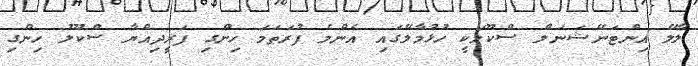
ލާލޭ އިންޓަނޭޝަނަލް ސްކޫލަކީ ހުޅުމާލޭގައި އެންމެ ފުރަތަމަ ހިންގި ފަރީދިއްޔާ ސްކޫލު ހިންގި